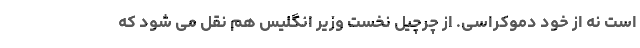
است نه از خود دموکراسی. از چرچیل نخست وزیر انگلیس هم نقل می شود که